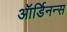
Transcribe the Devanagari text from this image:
ऑर्डिनन्स